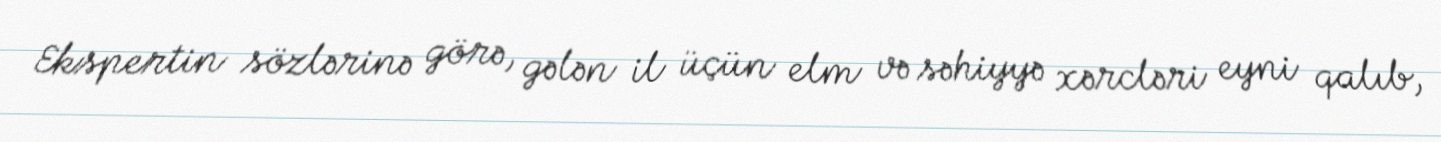
Ekspertin sözlərinə görə, gələn il üçün elm və səhiyyə xərcləri eyni qalıb,